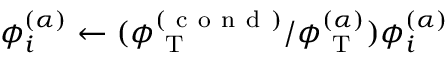
\phi _ { i } ^ { ( \alpha ) } \leftarrow ( \phi _ { \mathrm { ~ T ~ } } ^ { ( \mathrm { ~ c ~ o ~ n ~ d ~ } ) } / \phi _ { \mathrm { ~ T ~ } } ^ { ( \alpha ) } ) \phi _ { i } ^ { ( \alpha ) }